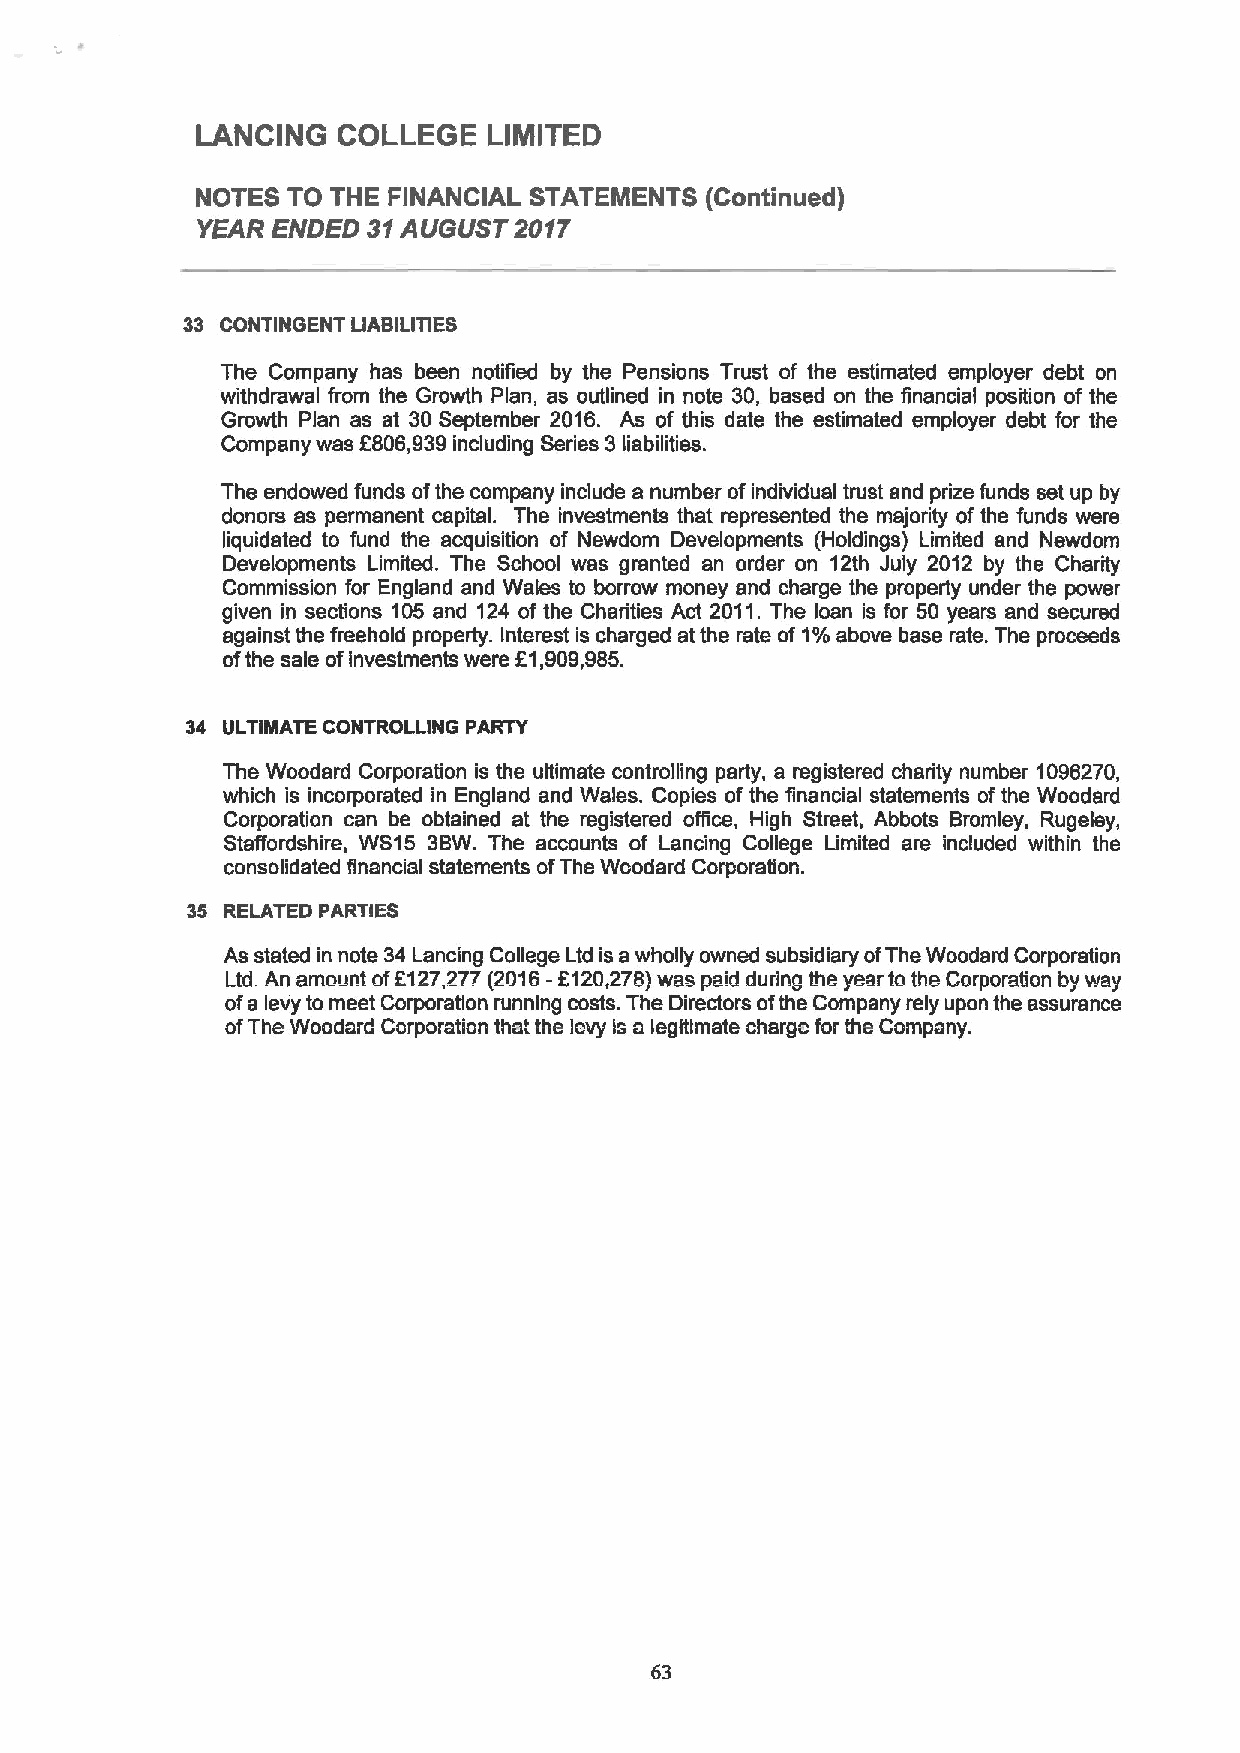
LANCING  COLLEGE   LIMITED
 NOTES TO THE FINANCIAL STATEMENTS (Contin tied)
 YEAR ENDED 31AUGUST  2017
 33 CONTINGENT LIABILITIES
 The Company has been notified by the Pensions Trust of the estimated employer debt on
 withdrawal from the Growth Plan, as outlined in note 30, based on the financial position of the
 Growth Plan as at 30September 2016. As of this date the estimated employer debt for the
 Company was 8806,939including Series 3liabilities.
 The endowed funds ofthe company include a number ofindividual trust and prize funds set up by
 donors as permanent capital. The investments that represented the majority ofthe funds were
 liquidated to fund the acquisition of Newdom Developments (Holdings) Limited and Newdom
 Developments Limited. The School was granted an order on 12th July 2012 by the Charity
 Commission for England and Wales to borrow money and charge the property under the power
 given in sections 105 and 124 of the Charities Act 2011.The loan is for 50 years and secured
 against the freehold property. Interest is charged at the rate of 1%above base rate. The proceeds
 ofthe sale ofinvestments were 61,909,985.
 34 ULTIMATE CONTROLLING PARTY
 The Woodard Corporation is the ultimate controlling party, a registered charity number 1096270,
 which is incorporated in England and Wales. Copies of the financial statements ofthe Woodard
 Corporation can be obtained at the registered office, High Street, Abbots Bromley, Rugeley,
 Staffordshire, WS15 3BW. The accounts of Lancing College Limited are included within the
 consolidated financial statements ofThe Wcodard Corporation.
 35 RELATED PARTIES
 As stated in note 34 Lancing College Ltd is awholly owned subsidiary ofThe Woodard Corporation
 Ltd. An amount of6127,27?(2016-6120,278)was paid during the year to the Corporation by way
 ofa levy to meet Corporation running costs. The Directors ofthe Company rely upon the assurance
 ofThe Woodard Corporation thai the levy is clegitimate charge for the Company.
 63